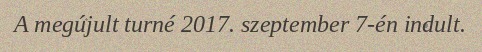
A megújult turné 2017. szeptember 7-én indult.